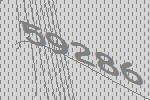
59286